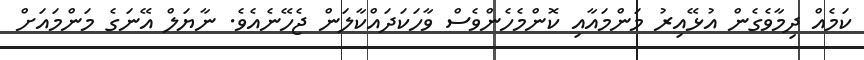
ކަމެއް ދިމާވެގެން އުޅޭއިރު މަންމައާއި ކޮންމެހެންވެސް ވާހަކަދައްކާލަން ޖެހޭނެއެވެ. ނާޔަލް އޭނަގެ މަންމައަށް